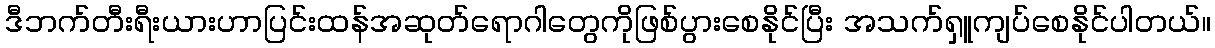
ဒီဘက်တီးရီးယားဟာပြင်းထန်အဆုတ်ရောဂါတွေကိုဖြစ်ပွားစေနိုင်ပြီး အသက်ရှူကျပ်စေနိုင်ပါတယ်။